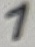
Text: 1